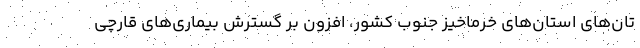
تان‌های استان‌های خرماخیز جنوب کشور، افزون بر گسترش بیماری‌های قارچی